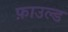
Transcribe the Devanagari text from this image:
फ़ाउल्ड